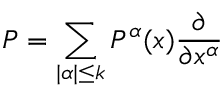
P = \sum _ { | \alpha | \leq k } P ^ { \alpha } ( x ) { \frac { \partial } { \partial x ^ { \alpha } } }